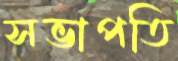
সভাপতি